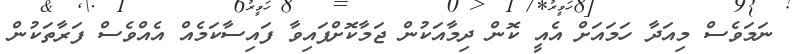
ނަމަވެސް މިއަދާ ހަމައަށް އެއީ ކޮން ދިމާއަކުން ޖަމާކޮށްފައިވާ ފައިސާކަމެއް އެއްވެސް ފަރާތަކުން